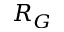
R _ { G }